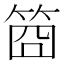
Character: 𥭮